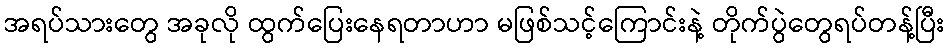
အရပ်သားတွေ အခုလို ထွက်ပြေးနေရတာဟာ မဖြစ်သင့်ကြောင်းနဲ့ တိုက်ပွဲတွေရပ်တန့်ပြီး